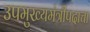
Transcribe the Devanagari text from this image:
उपमुख्यमंत्रीपदाचा